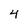
Character: 4